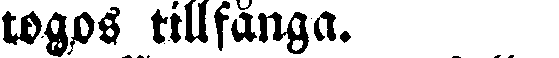
togos tillfånga.